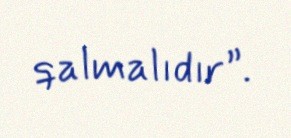
qalmalıdır”.